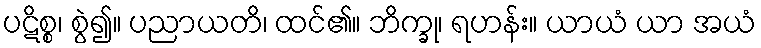
ပဋိစ္စ၊ စွဲ၍။ ပညာယတိ၊ ထင်၏။ ဘိက္ခု၊ ရဟန်း။ ယာယံ ယာ အယံ